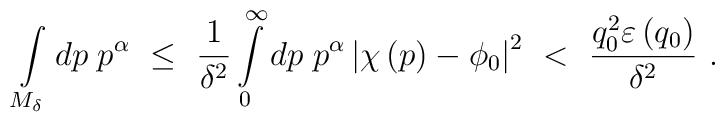
\int\limits_{M_\delta} dp\; p^\alpha \ \leq \ \frac{1}{\delta^2}\int\limits_0^\infty dp\;p^\alpha \left| \chi \left( p \right) - \phi_0 \right|^2 \ < \ \frac{q_0^2 \varepsilon \left(q_0\right)}{\delta^2} \ .